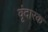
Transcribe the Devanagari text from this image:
वृंदारक